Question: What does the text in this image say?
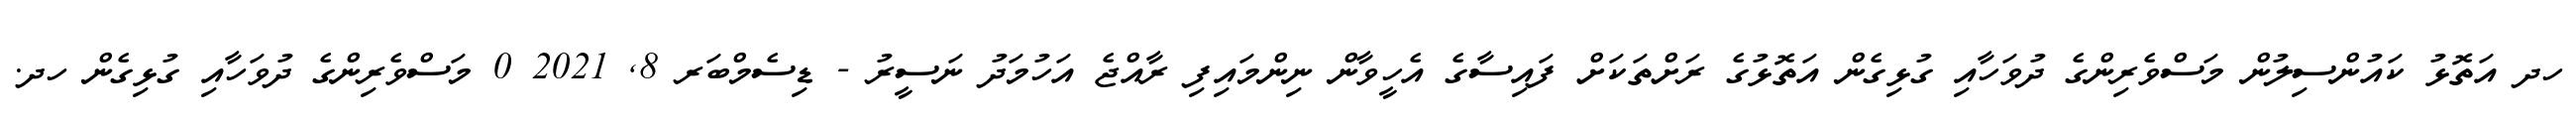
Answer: ހދ އަތޮޅު ކައުންސިލުން މަސްވެރިންގެ ދުވަހާއި ގުޅިގެން އަތޮޅުގެ ރަށްތަކަށް ފައިސާގެ އެހީވާން ނިންމައިފި ރާއްޖެ އަހުމަދު ނަސީރު - ޑިސެމްބަރ 8, 2021 0 މަސްވެރިންގެ ދުވަހާއި ގުޅިގެން ހދ.